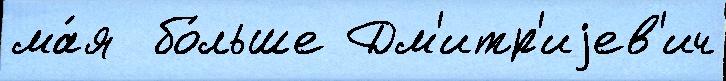
ма́я  бо́льше Дм'итр'иjев'ич